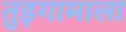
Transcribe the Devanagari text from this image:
तुइगामाला